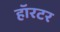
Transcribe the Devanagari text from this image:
हॉरटर